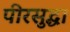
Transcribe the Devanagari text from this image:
पीरसुद्धा